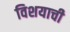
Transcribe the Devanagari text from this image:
विशयाची